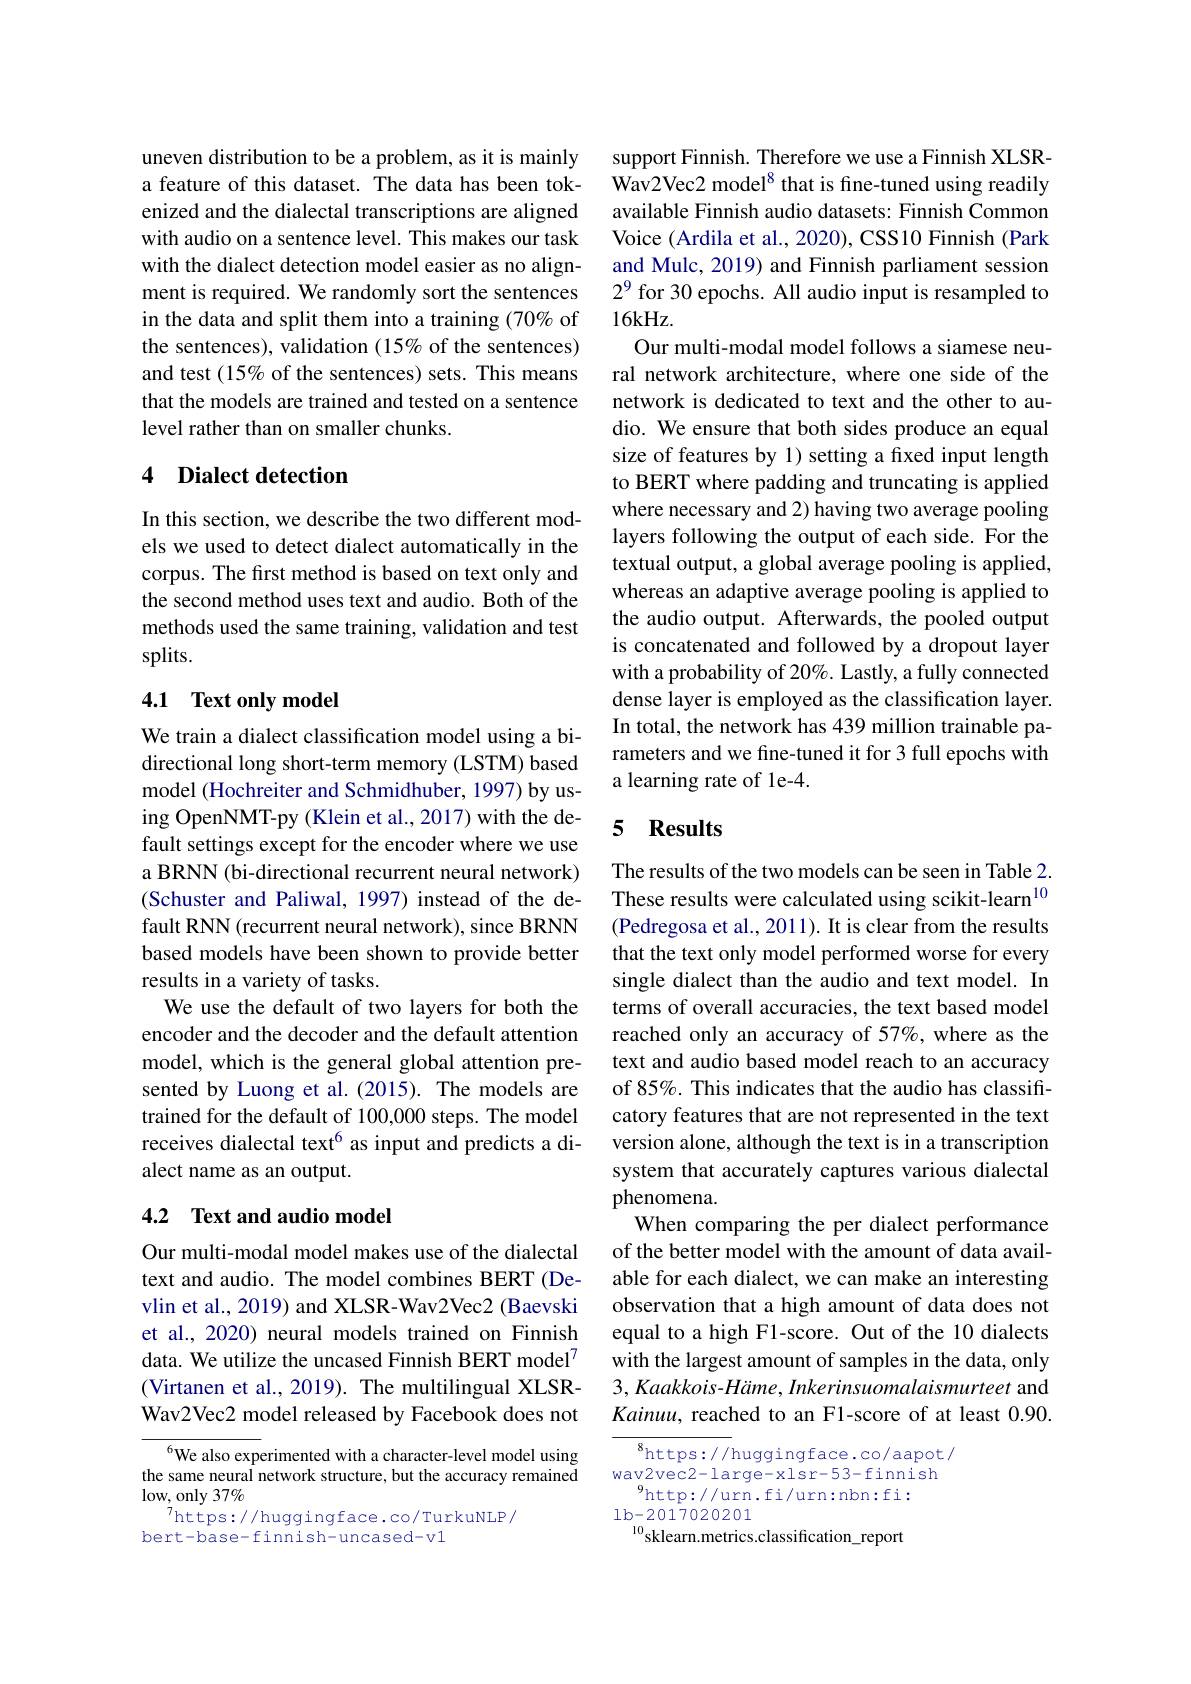
uneven distribution to be a problem, as it is mainly a feature of this dataset. The data has been tokenized and the dialectal transcriptions are aligned with audio on a sentence level. This makes our task with the dialect detection model easier as no alignment is required. We randomly sort the sentences in the data and split them into a training (70% of the sentences), validation (15% of the sentences) and test $(15\%$ of the sentences) sets. This means that the models are trained and tested on a sentence level rather than on smaller chunks.

## 4 Dialect detection

In this section, we describe the two different models we used to detect dialect automatically in the corpus. The first method is based on text only and the second method uses text and audio. Both of the methods used the same training, validation and test splits.

## 4.1 $\textbf{Text only model}$

We train a dialect classification model using a bidirectional long short-term memory (LSTM) based model (Hochreiter and Schmidhuber, 1997) by using OpenNMT-py (Klein et al., 2017) with the default settings except for the encoder where we use a BRNN (bi-directional recurrent neural network) (Schuster and Paliwal, 1997) instead of the default RNN (recurrent neural network), since BRNN based models have been shown to provide better results in a variety of tasks.
We use the default of two layers for both the encoder and the decoder and the default attention model, which is the general global attention presented by Luong et al.(2015). The models are trained for the default of 100,000 steps. The model receives dialectal text$^{6}$ as input and predicts a dialect name as an output.

## 4.2 $\textbf{Text and audio model}$

Our multi-modal model makes use of the dialectal text and audio. The model combines BERT (Devlin et al., 2019) and XLSR-Wav2Vec2 (Baevski et al., 2020) neural models trained on Finnish data. We utilize the uncased Finnish BERT model$^{7}$ (Virtanen et al., 2019). The multilingual XLSRWav2Vec2 model released by Facebook does not

$^{6}$We also experimented with a character-level model using the same neural network structure, but the accuracy remained $\log_{7}$only 37%
https: / / huggingface. co/ TurkuNLP/
bert-base-finnish-uncased-v1

support Finnish. Therefore we use a Finnish XLSRWav2Vec2 model$^{8}$ that is fine-tuned using readily available Finnish audio datasets: Finnish Common Voice (Ardila et al., 2020), CSS10 Finnish (Park and Mulc, 2019) and Finnish parliament session $2^9 for 30 epochs. All audio input is resampled to$ 16kHz.
Our multi-modal model follows a siamese neural network architecture, where one side of the network is dedicated to text and the other to audio. We ensure that both sides produce an equal size of features by 1) setting a fxed input length to BERT where padding and truncating is applied where necessary and 2) having two average pooling layers following the output of each side. For the textual output, a global average pooling is applied, whereas an adaptive average pooling is applied to the audio output. Afterwards, the pooled output is concatenated and followed by a dropout layer with a probability of 20%. Lastly, a fully connected dense layer is employed as the classification layer. In total, the network has 439 million trainable parameters and we fine-tuned it for 3 full epochs with a learning rate of 1e-4.

## 5 Results

The results of the two models can be seen in Table 2. These results were calculated using scikit-learn$^{10}$ (Pedregosa et al., 2011). It is clear from the results that the text only model performed worse for every single dialect than the audio and text model. In terms of overall accuracies, the text based model reached only an accuracy of 57%, where as the text and audio based model reach to an accuracy of 85%. This indicates that the audio has classificatory features that are not represented in the text version alone, although the text is in a transcription system that accurately captures various dialectal phenomena.
When comparing the per dialect performance of the better model with the amount of data available for each dialect, we can make an interesting observation that a high amount of data does not equal to a high F1-score. Out of the 10 dialects with the largest amount of samples in the data, only 3, Kaakkois- Häme, Inkerinsuomalaismurteet and Kainuu, reached to an F1-score of at least 0.90.

$^{8}$https://huggingface.co/aapot/ wav2vec2-large-xlsr-53-finnish
$^{9}$http://urn.fi/urn:nbn:fi:
1b-2017020201
$^{10}$sklearn.metrics.classification\_report